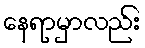
နေရာမှာလည်း